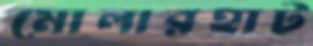
মোলারহাট